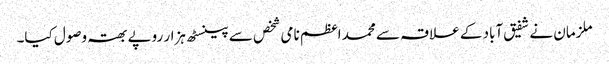
ملزمان نے شفیق آباد کے علاقہ سے محمد اعظم نامی شخص سے پینسٹھ ہزار روپے بھتہ وصول کیا۔